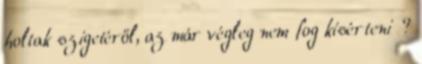
holtak szigetéről, az már végleg nem fog kísérteni ?